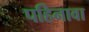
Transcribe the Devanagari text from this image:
पहिनावा